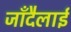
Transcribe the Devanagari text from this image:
जाँदैलाई